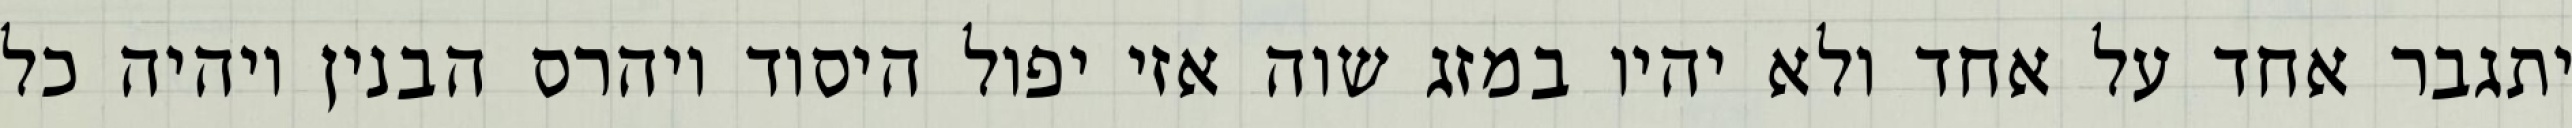
יתגבר אחד על אחד ולא יהיו במזג שוה אזי יפול היסוד ויהרס הבנין ויהיה כל